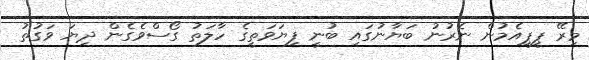
މިރޭ ޕީޕީއެމުން ނެރުނު ބަޔާނުގައި ބުނީ ފިޔަވަތީގެ ހާލަތު ގޯސްވެގެން ދިޔަ ވަގުތު